Report of the Indian Hemp Drugs Commission, 1894-1895 - Volume VI
Year: 1894
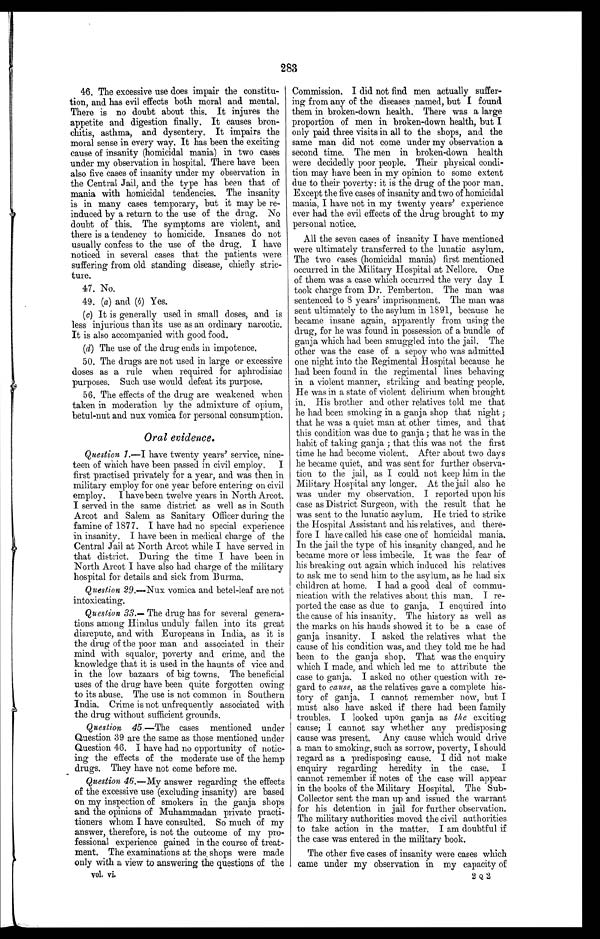
283
46. The excessive use does impair the constitu-
tion, and has evil effects both moral and mental.
There is no doubt about this. It injures the
appetite and digestion finally. It causes bron-
chitis, asthma, and dysentery. It impairs the
moral sense in every way. It has been the exciting
cause of insanity (homicidal mania) in two cases
under my observation in hospital. There have been
also five cases of insanity under my observation in
the Central Jail, and the type has been that of
mania with homicidal tendencies. The insanity
is in many cases temporary, but it may be re-
induced by a return to the use of the drug. No
doubt of this. The symptoms are violent, and
there is a tendency to homicide. Insanes do not
usually confess to the use of the drug. I have
noticed in several cases that the patients were
suffering from old standing disease, chiefly stric-
ture.
47. No.
49. (a) and (b) Yes.
(c) It is generally used in small doses, and is
less injurious than its use as an ordinary narcotic.
It is also accompanied with good food.
(d) The use of the drug ends in impotence.
50. The drugs are not used in large or excessive
doses as a rule when required for aphrodisiac
purposes. Such use would defeat its purpose.
56. The effects of the drug are weakened when
taken in moderation by the admixture of opium,
betul-nut and nux vomica for personal consumption.
Oral evidence.
Question 1.—I have twenty years' service, nine-
teen of which have been passed in civil employ. I
first practised privately for a year, and was then in
military employ for one year before entering on civil
employ. I have been twelve years in North Arcot.
I served in the same district as well as in South
Arcot and Salem as Sanitary Officer during the
famine of 1877. I have had no special experience
in insanity. I have been in medical charge of the
Central Jail at North Arcot while I have served in
that district. During the time I have been in
North Arcot I have also had charge of the military
hospital for details and sick from Burma.
Question 29.—Nux vomica and betel-leaf are not
intoxicating.
Question 33.— The drug has for several genera-
tions among Hindus unduly fallen into its great
disrepute, and with Europeans in India, as it is
the drug of the poor man and associated in their
mind with squalor; poverty and crime, and the
knowledge that it is used in the haunts of vice and
in the low bazaars of big towns. The beneficial
uses of the drug have been quite forgotten owing
to its abuse. The use is not common in Southern
India. Crime is not unfrequently associated with
the drug without suff icient grounds.
Question 45. —The cases mentioned under
Question 39 are the same as those mentioned under
Question 46. I have had no opportunity of notic-
ing the effects of the moderate use of the hemp
drugs. They have not come before me.
Question 46.—My answer regarding the effects
of the excessive use (excluding insanity) are based
on my inspection of smokers in the ganja shops
and the opinions of Muhammadan private practi-
tioners whom I have consulted. So much of my
answer, therefore, is not the outcome of my pro-
fessional experience gained in the course of treat-
ment. The examinations at the shops were made
only with a view to answering the questions of the
vol. vi.
Commission. I did not find men actually suffer-
ing from any of the diseases named, but I found
them in broken-down health. There was a large
proportion of men in broken-down health, but I
only paid three visits in all to the shops, and the
same man did not come under my observation a
second time. The men in broken-down health
were decidedly poor people. Their physical condi-
tion may have been in my opinion to some extent
due to their poverty: it is the drug of the poor man.
Except the five cases of insanity and two of homicidal
mania, I have not in my twenty years' experience
ever had the evil effects of the drug brought to my
personal notice.
All the seven cases of insanity I have mentioned
were ultimately transferred to the lunatic asylum.
The two eases (homicidal mania) first mentioned
occurred in the Military Hospital at Nellore. One
of them was a case which occurred the very day I
took charge from Dr. Pemberton. The man was
sentenced to 8 years' imprisonment. The man was
sent ultimately to the asylum in 1891, because he
became insane again, apparently from using the
drug, for he was found. in possession of a bundle of
ganja which had been smuggled into the jail. The
other was the case of a sepoy who was admitted
one night into the Regimental Hospital because he
had been found in the regimental lines behaving
in a violent manner, striking and beating people.
He was in a state of violent delirium when brought
in. His brother and other relatives told me that
he had been smoking in a ganja shop that night ;
that he was a quiet man at other times, and that
this condition was due to ganja ; that he was in the
habit of taking ganja ; that this was not the first
time lie had become violent. After about two days
he became quiet, and was sent for further observa-
tion to the jail, as I could. not keep him in the
Military Hospital any longer. At the jail also he
was under my observation. I reported upon his
case as District Surgeon, with the result that he
was sent to the lunatic asylum. He tried to strike
the Hospital Assistant and his relatives, and there-
fore I have called his case one of homicidal mania.
In the jail the type of his insanity changed, and he
became more or less imbecile. It was the fear of
his breaking out again which induced his relatives
to ask me to send him to the asylum, as he had six
children at home. I had a good deal of commu-
nication with the relatives about this man. I re-
ported the case as due to ganja. I enquired into
the cause of his insanity. The history as well as
the marks on his hands showed it to be a case of
ganja insanity. I asked the relatives what the
cause of his condition was, and they told me he had
been to the ganja shop. That was the enquiry
which I made, and which led me to attribute the
case to ganja. I asked no other question with re-
gard to cause, as the relatives gave a complete his-
tory of ganja. I cannot remember now, but I
must also have asked if there had been family
troubles. I looked upon ganja as the exciting
cause; I cannot say whether any predisposing
cause was present. Any cause which would drive
a man to smoking, such as sorrow, poverty, I should
regard as a predisposing cause. I did not make
enquiry regarding heredity in the case. I
cannot remember if notes of the case will appear
in the books of the Military Hospital. The Sub-
Collector sent the man up and issued the warrant
for his detention in jail for further observation.
The military authorities moved the civil authorities
to take action in the matter. I am doubtful if
the case was entered in the military book.
The other five cases of insanity were cases which
came under my observation in my capacity of
2 Q 2